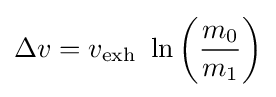
\Delta {v}=v_{\text{exh}}\ \ln \left({\frac {m_{0}}{m_{1}}}\right)